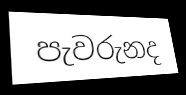
පැවරුනද